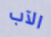
الآب